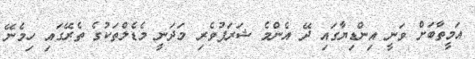
އަމީތާބަށް ވަނީ އިންޑިޔާގައި ދޭ އެންމެ ޝަރަފުވެރި މަދަނީ މެޑެލްތަކުގެ ތެރޭގައި ހިމެނޭ